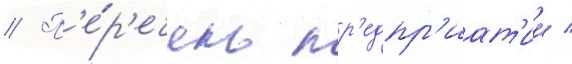
// П'е́р'ечень пр'едпр'иат'ии /